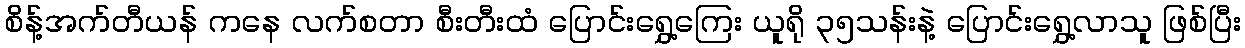
စိန့်အက်တီယန် ကနေ လက်စတာ စီးတီးထံ ပြောင်းရွှေ့ကြေး ယူရို ၃၅သန်းနဲ့ ပြောင်းရွှေ့လာသူ ဖြစ်ပြီး